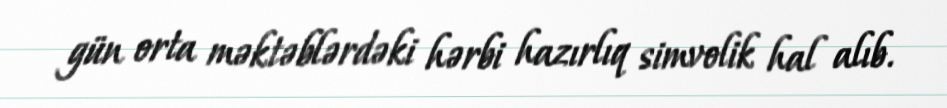
gün orta məktəblərdəki hərbi hazırlıq simvolik hal alıb.